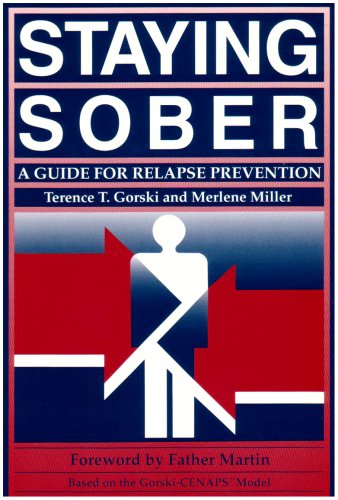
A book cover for Staying Sober: A Guide for Relapse Prevention- Based Upon the CENAPS Model of Treatment; Terence T. Gorski; Health, Fitness & Dieting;